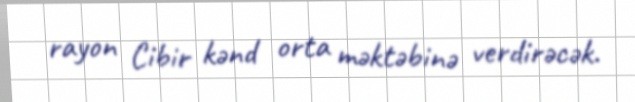
rayon Cibir kənd orta məktəbinə verdirəcək.